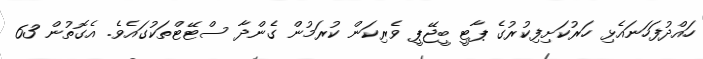
ހައްދުފަހަނައެޅި ހަރުކަށިފިކުރުގެ ޕާޓީ ބީޖޭޕީ ވެރިކަން ކުރަމުން ގެންދާ ސްޓޭޓްތަކުގައެވެ. އެގޮތުން 63